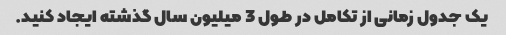
یک جدول زمانی از تکامل در طول 3 میلیون سال گذشته ایجاد کنید.